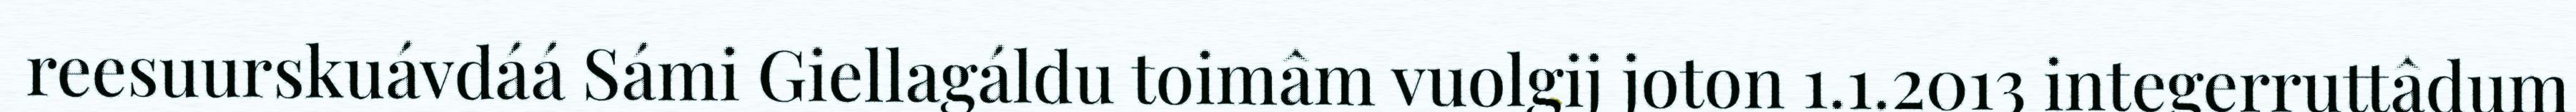
reesuurskuávdáá Sámi Giellagáldu toimâm vuolgij joton 1.1.2013 integerruttâdum